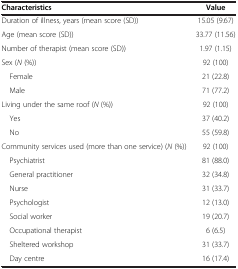
<table><thead><tr><td><b>Characteristics</b></td><td><b>Value</b></td></tr></thead><tbody><tr><td>Duration of illness, years (mean score (SD))</td><td>15.05 (9.67)</td></tr><tr><td>Age (mean score (SD))</td><td>33.77 (11.56)</td></tr><tr><td>Number of therapist (mean score (SD))</td><td>1.97 (1.15)</td></tr><tr><td>Sex (<i>N</i> (%))</td><td>92 (100)</td></tr><tr><td> Female</td><td>21 (22.8)</td></tr><tr><td> Male</td><td>71 (77.2)</td></tr><tr><td>Living under the same roof (<i>N</i> (%))</td><td>92 (100)</td></tr><tr><td> Yes</td><td>37 (40.2)</td></tr><tr><td> No</td><td>55 (59.8)</td></tr><tr><td>Community services used (more than one service) (<i>N</i> (%))</td><td>92 (100)</td></tr><tr><td> Psychiatrist</td><td>81 (88.0)</td></tr><tr><td> General practitioner</td><td>32 (34.8)</td></tr><tr><td> Nurse</td><td>31 (33.7)</td></tr><tr><td> Psychologist</td><td>12 (13.0)</td></tr><tr><td> Social worker</td><td>19 (20.7)</td></tr><tr><td> Occupational therapist</td><td>6 (6.5)</td></tr><tr><td> Sheltered workshop</td><td>31 (33.7)</td></tr><tr><td> Day centre</td><td>16 (17.4)</td></tr></tbody></table>